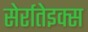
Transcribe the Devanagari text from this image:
सेर्रातेइक्स